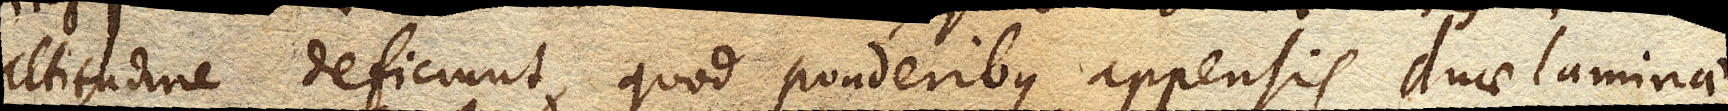
altitudine deficiunt, quod ponderibus appensis duae laminae